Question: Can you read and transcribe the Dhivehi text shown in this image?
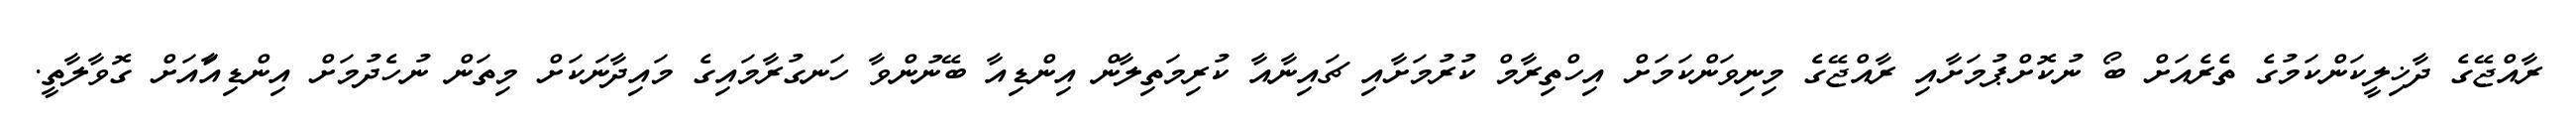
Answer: ރާއްޖޭގެ ދާޚިލީކަންކަމުގެ ތެރެއަށް ބޯ ނުކޮށްޕުމަށާއި ރާއްޖޭގެ މިނިވަންކަމަށް އިހްތިރާމް ކުރުމަށާއި ޗައިނާއާ ކުރިމަތިލާން އިންޑިއާ ބޭނުންވާ ހަނގުރާމައިގެ މައިދާނަކަށް މިތަން ނުހެދުމަށް އިންޑިއާައަށް ގޮވާލާތީ.